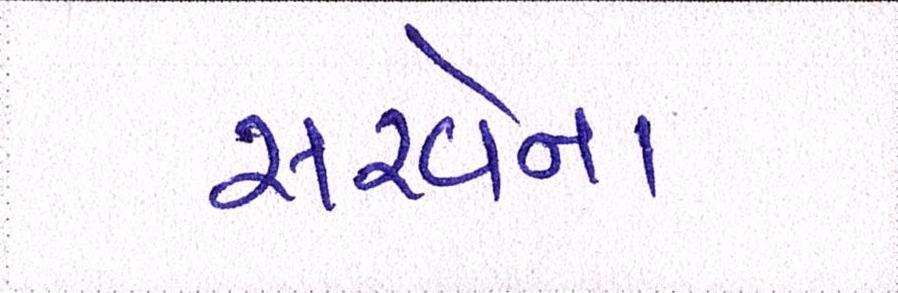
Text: સરવેના